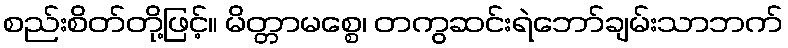
စည်းစိတ်တို့ဖြင့်။ မိတ္တာမစ္စေ၊ တကွဆင်းရဲဘော်ချမ်းသာဘက်